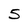
Character: 5